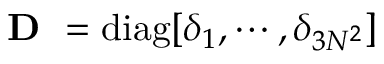
\textbf { D } = \mathrm { d i a g } [ \delta _ { 1 } , \cdots , \delta _ { 3 N ^ { 2 } } ]